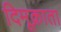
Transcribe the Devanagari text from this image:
दिमूक्राता